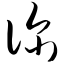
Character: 诊